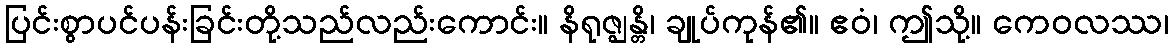
ပြင်းစွာပင်ပန်းခြင်းတို့သည်လည်းကောင်း။ နိရုဇ္ဈန္တိ၊ ချုပ်ကုန်၏။ ဧဝံ၊ ဤသို့။ ကေဝလဿ၊